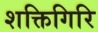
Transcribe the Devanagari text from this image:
शक्तिगिरि